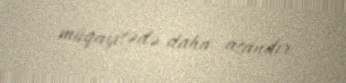
müqayisədə daha asandır.